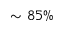
\sim 8 5 \%